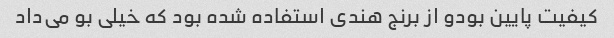
کیفیت پایین بودو از برنج هندی استفاده شده بود که خیلی بو می‌داد